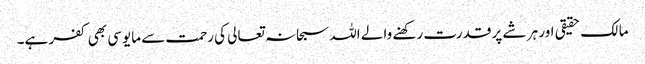
مالک حقیقی اور ہر شے پر قدرت رکھنے والے اللہ سبحانہ تعالی کی رحمت سے مایوسی بھی کفر ہے۔